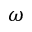
\omega